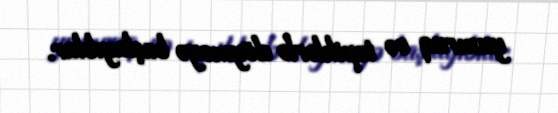
yumruq və təpiklərlə döyməyə başlayıblar.